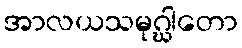
အာလယသမုဂ္ဃါတော